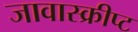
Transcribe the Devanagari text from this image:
जावास्क्रीप्ट